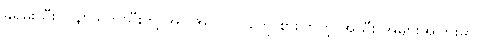
ခရမ်းသီး၊ ပန်းငရုတ်သီးတို့ အပါအဝင် လူတွေ စားကြတဲ့ အသီး အများအပြားမှာ